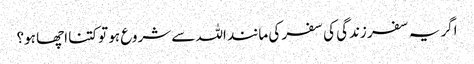
اگر یہ سفر زندگی کی سفر کی مانند اللہ سے شروع ہو تو کتنا اچھا ہو؟